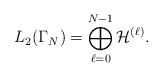
\begin{align*}L_2(\Gamma_N) = \bigoplus_{\ell=0}^{N-1} \mathcal{H}^{(\ell)}.\end{align*}